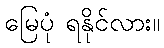
မြေပုံ ရနိုင်လား။